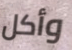
وأكل